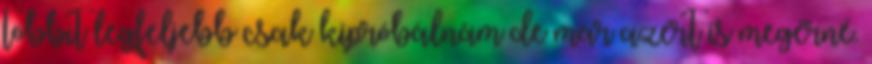
többit legfeljebb csak kipróbálnám de már azért is megérné.